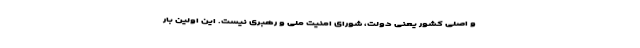
و اصلی کشور یعنی دولت، شورای امنیت ملی و رهبری نیست. این اولین بار